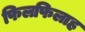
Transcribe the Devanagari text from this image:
फिलफिलाह